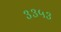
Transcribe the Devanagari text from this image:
३३५३